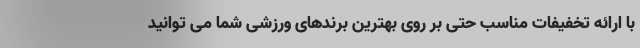
با ارائه تخفیفات مناسب حتی بر روی بهترین برندهای ورزشی شما می توانید